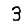
Digit: 3